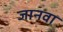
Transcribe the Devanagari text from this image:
जानवा